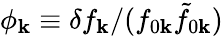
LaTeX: \phi_{\mathbf{k}}\equiv\delta f_{\mathbf{k}}/(f_{0\mathbf{k}}\tilde{f}_{0\mathbf{k}})